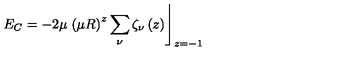
E _ { C } = - 2 \mu \left. \left( \mu R \right) ^ { z } \sum _ { \nu } \zeta _ { \nu } \left( z \right) \right\rfloor _ { z = - 1 }